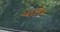
યારીવ